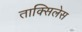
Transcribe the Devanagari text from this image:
ताक्सिलेस